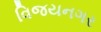
વિજયનગર